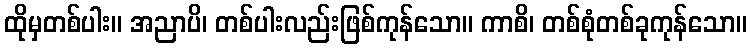
ထိုမှတစ်ပါး။ အညာပိ၊ တစ်ပါးလည်းဖြစ်ကုန်သော။ ကာစိ၊ တစ်စုံတစ်ခုကုန်သော။